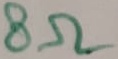
Text: 8Ω